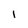
Character: I